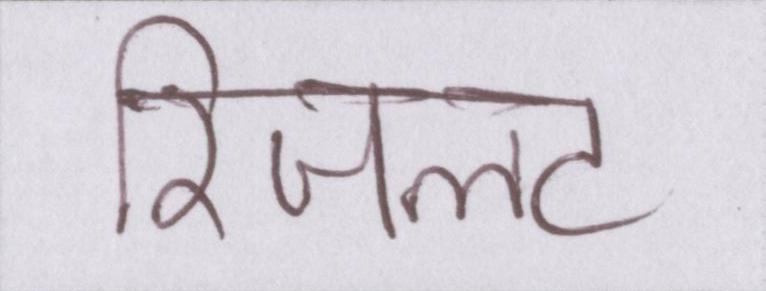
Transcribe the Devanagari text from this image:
रिजल्ट